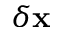
\delta \mathbf { x }